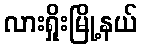
လားရှိုးမြို့နယ်